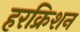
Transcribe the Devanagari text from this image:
हरक्रिशन